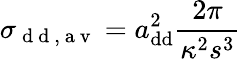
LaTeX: \sigma_{\mathrm{~d~d~,~a~v~}}=a_{\mathrm{{dd}}}^{2}\frac{2\pi}{\kappa^{2}s^{3}}